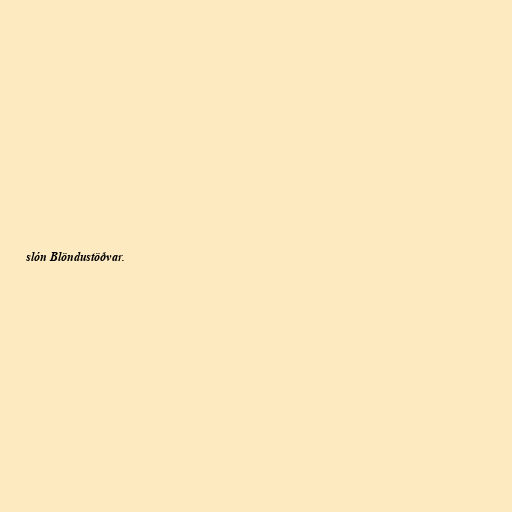
slón Blöndustöðvar.